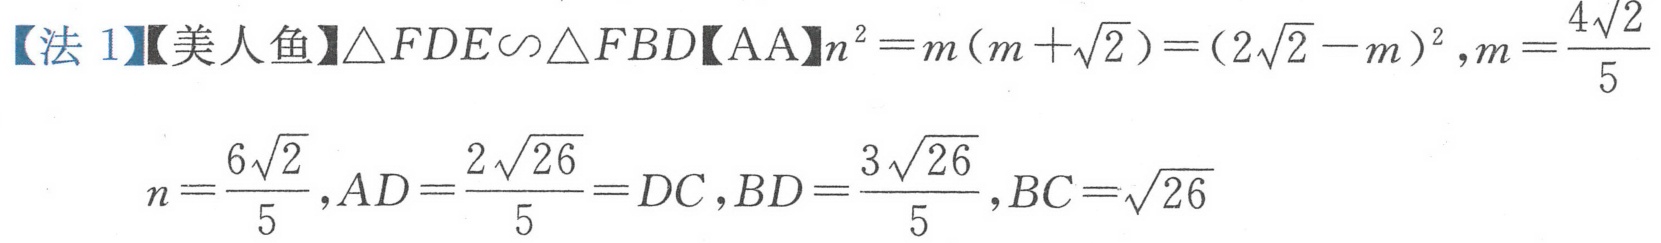
【法1】【美人鱼】\(\triangle FDE\sim\triangle FBD\)【AA】\(n^{2}=m(m + \sqrt{2})=(2\sqrt{2}-m)^{2}\)，\(m = \frac{4\sqrt{2}}{5}\)
\(n=\frac{6\sqrt{2}}{5}\)，\(AD=\frac{2\sqrt{26}}{5}=DC\)，\(BD=\frac{3\sqrt{26}}{5}\)，\(BC=\sqrt{26}\)